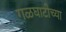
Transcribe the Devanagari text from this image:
गळघाटीच्या